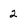
Character: 2